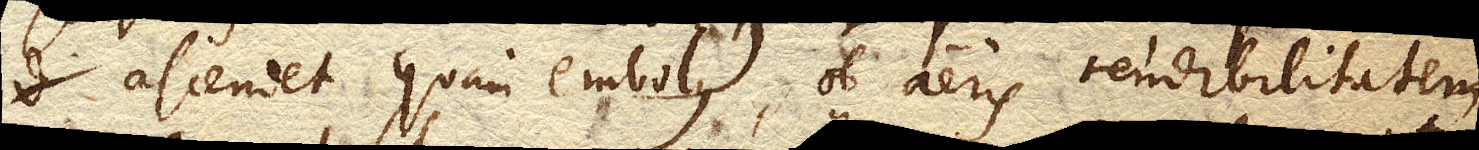
ascendet quam embolus, ob aeris tendibilitatem